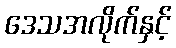
ဒေသအလိုက်နှင့်